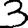
Digit: 3